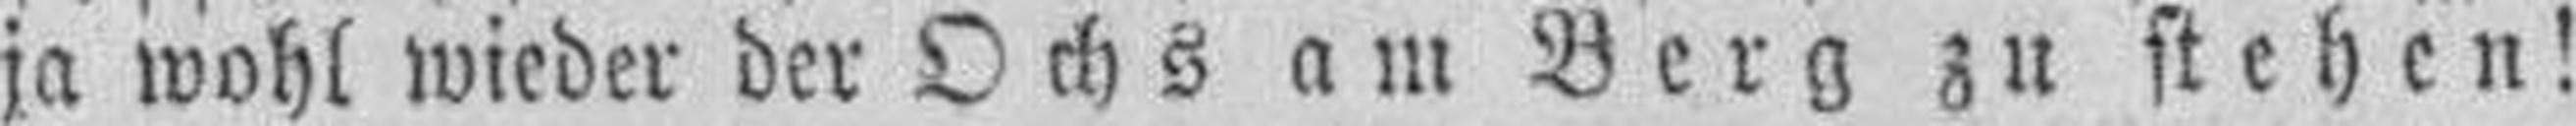
ja wohl wieder der Ochs am Berg zu stehen!